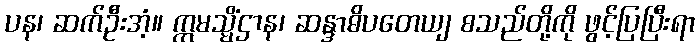
ပန၊ ဆက်ဦးအံ့။ ဣမသ္မိံဌာန၊ ဆန္ဒာဓိပတေယျ စသည်တို့ကို ဖွင့်ပြပြီးရာ